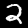
Label: 2